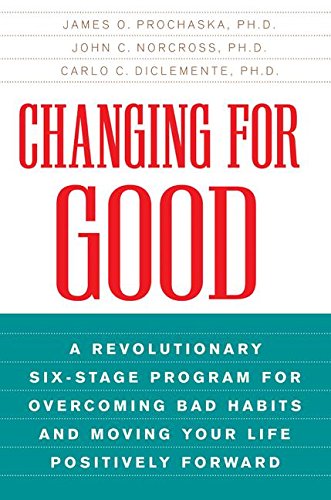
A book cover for Changing for Good: A Revolutionary Six-Stage Program for Overcoming Bad Habits and Moving Your Life Positively Forward; James O. Prochaska; Health, Fitness & Dieting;